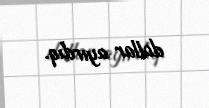
dollar ayırdıq.